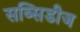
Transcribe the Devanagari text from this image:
सब्सिडीज